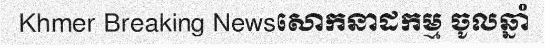
Khmer Breaking Newsសោកនាដកម្ម ចូលឆ្នាំ